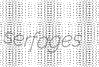
serfages